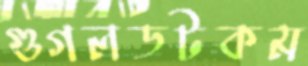
গুগলডটকম